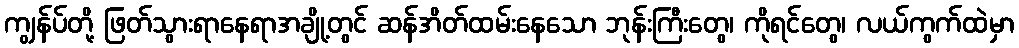
ကျွန်ပ်တို့ ဖြတ်သွားရာနေရာအချို့တွင် ဆန်အိတ်ထမ်းနေသော ဘုန်းကြီးတွေ၊ ကိုရင်တွေ၊ လယ်ကွက်ထဲမှာ